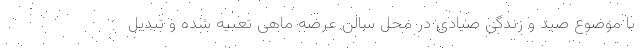
با موضوع صید و زندگی صیادی در محل سالن عرضه ماهی تعبیه شده و تبدیل